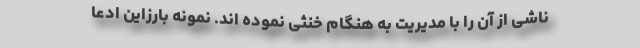
ناشی از آن را با مدیریت به هنگام خنثی نموده اند. نمونه بارزاین ادعا